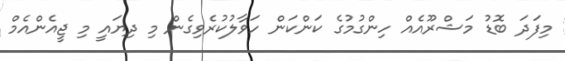
މިފަދަ ބޮޑު މަޝްރޫއެއް ހިންގުމުގެ ކަންކަން ހަވާލުކުރެވިގެން މި ދިޔައީ މި ޖީއެންއެމް